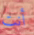
أنت